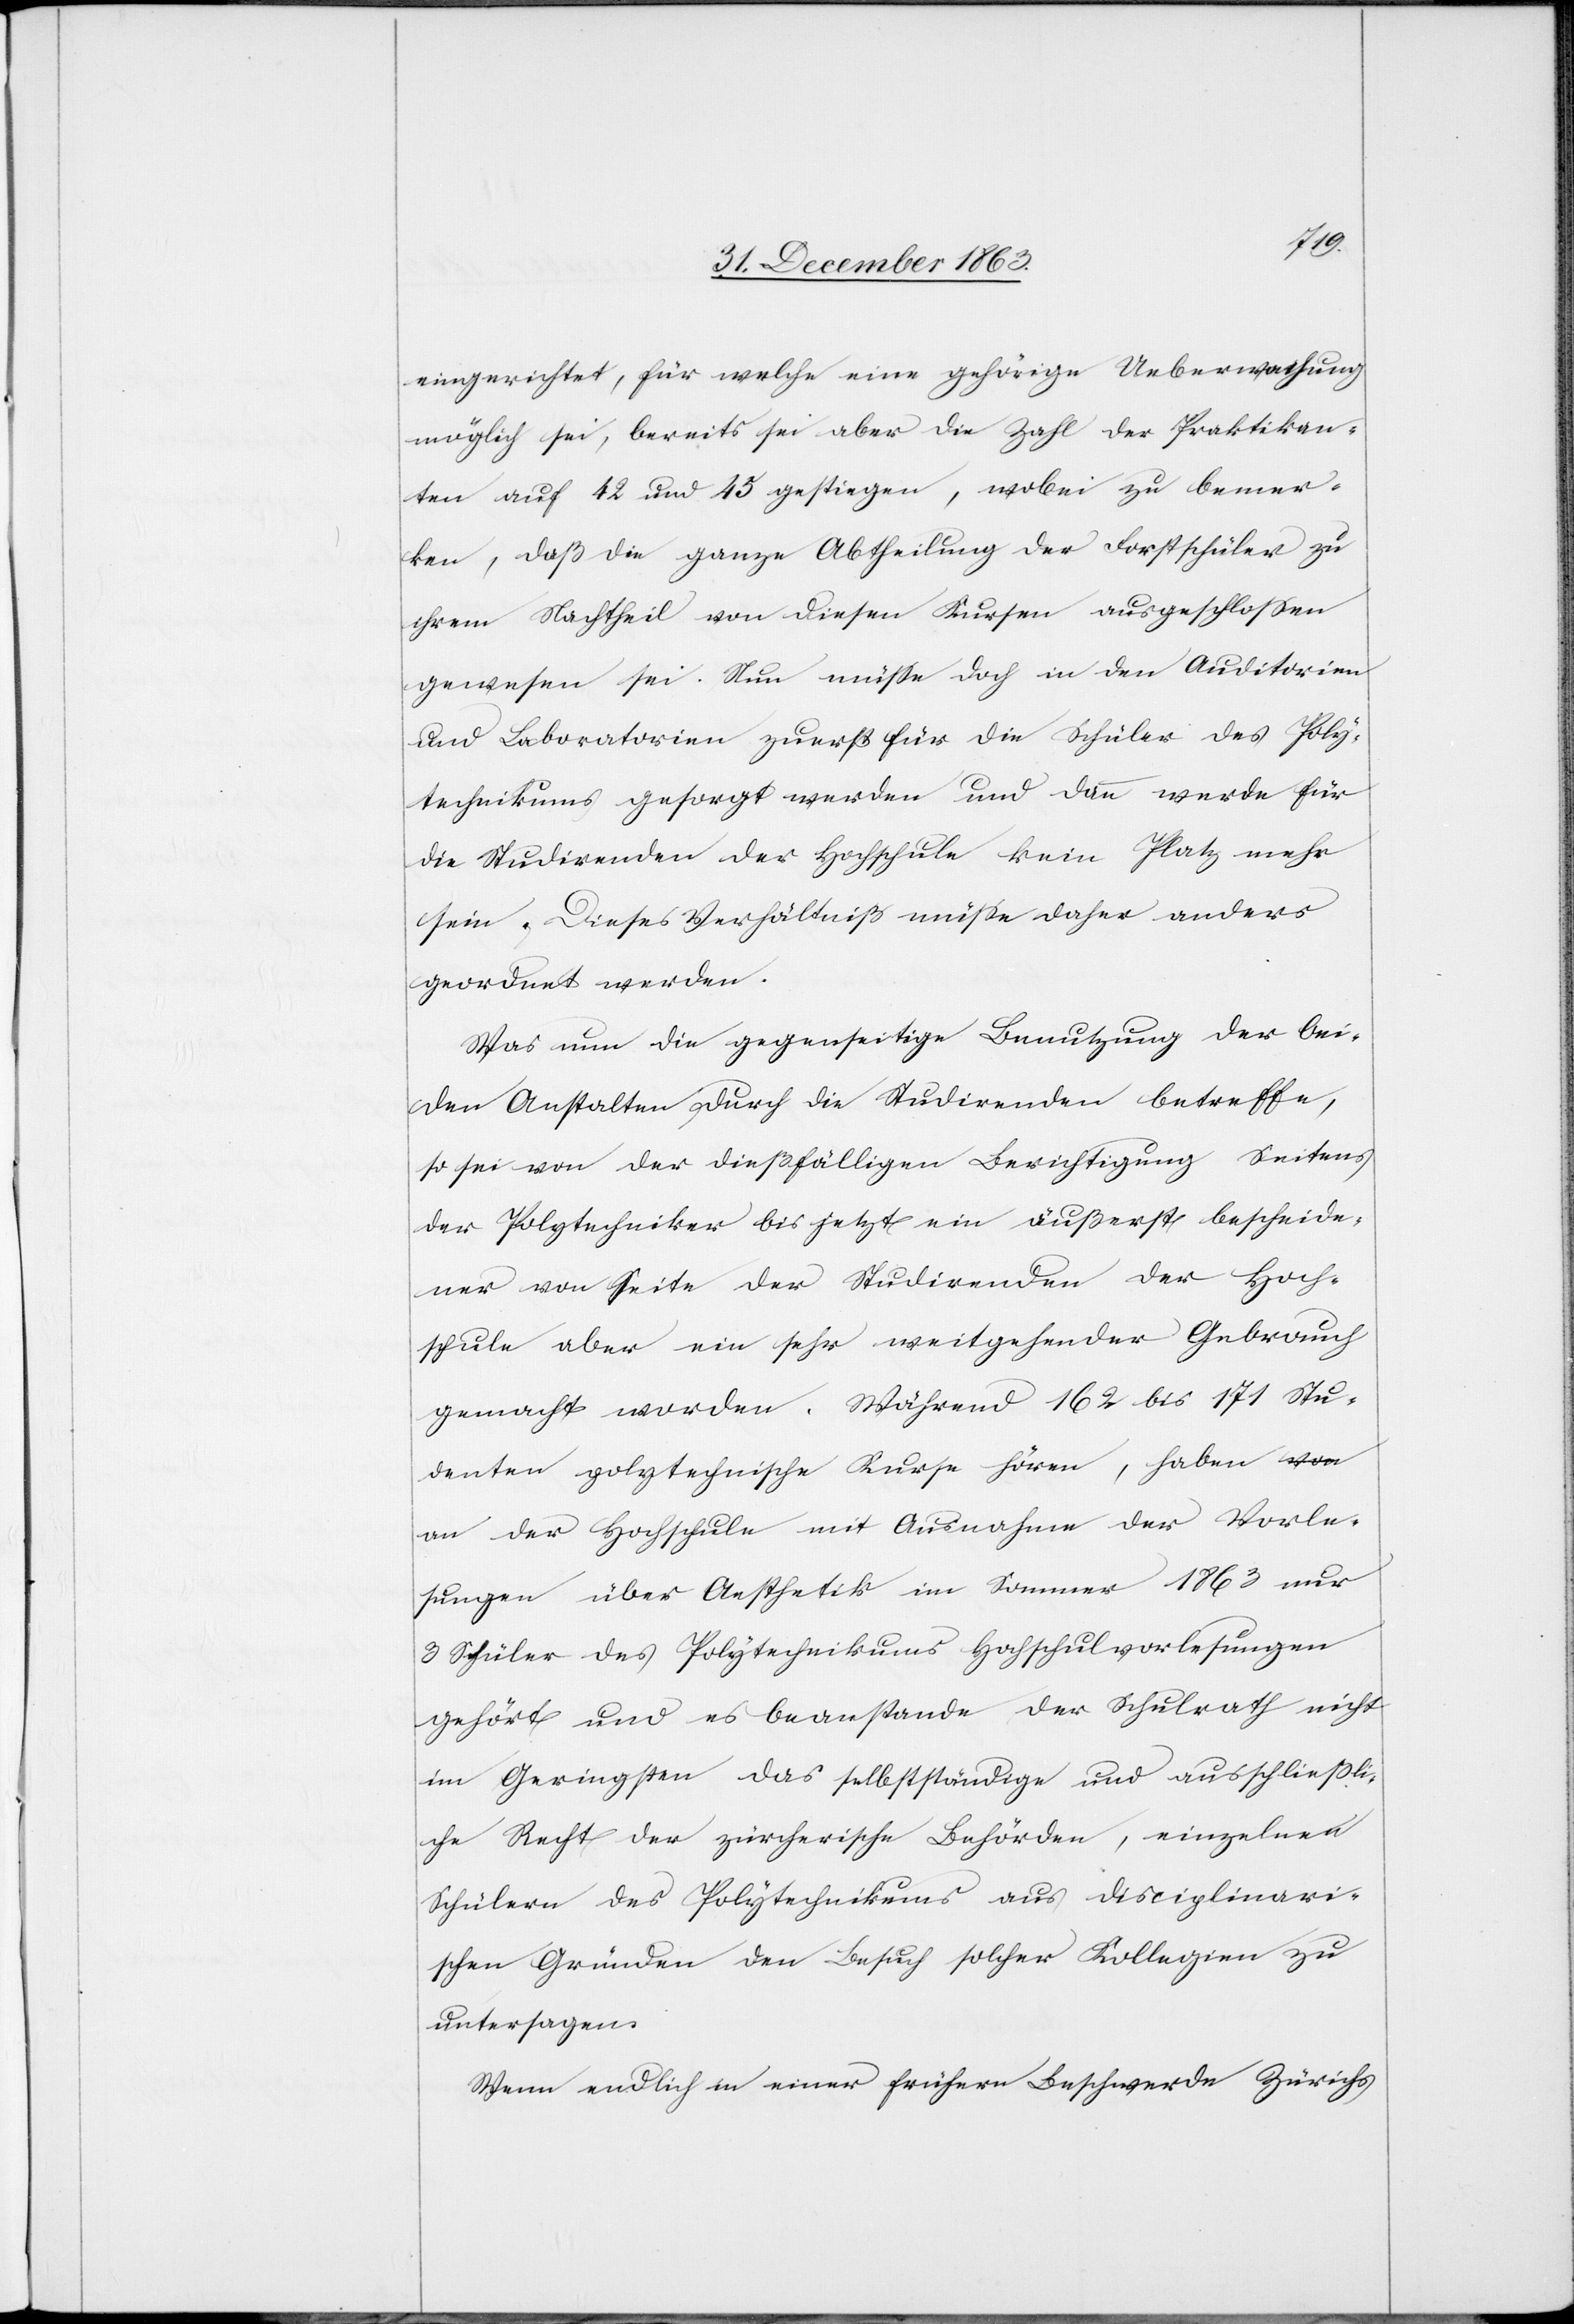
eingerichtet, für welche eine gehörige Ueberwachung
möglich sei, bereits sei aber die Zahl der Praktikan¬
ten auf 42 und 45 gestiegen, wobei zu bemer¬
ken, daß die ganze Abtheilung der Forstschüler zu
ihrem Nachtheil von diesen Kursen ausgeschlossen
gewesen sei. Nun müsse doch in den Auditorien
und Laboratorien zuerst für die Schüler des Poly¬
technikums gesorgt werden und dann werde für
die Studirenden der Hochschule kein Platz mehr
sein. Dieses Verhältniß müsse daher anders
geordnet werden.
Was nun die gegenseitige Benutzung der bei¬
den Anstalten durch die Studirenden betreffe,
so sei von der dießfälligen Berichtigung Seitens
der Polytechniker bis jetzt ein äußerst bescheide¬
ner von Seite der Studirenden der Hoch¬
schule aber ein sehr weitgehender Gebrauch
gemacht worden. Während 162 bis 171 Stu¬
denten polytechnische Kurse hören, haben
an der Hochschule mit Ausnahme der Vorle¬
sungen über Aesthetik im Sommer 1863 nur
3 Schüler des Polytechnikums Hochschulvorlesungen
gehört und es beanstande der Schulrath nicht
im Geringsten das selbstständige und ausschließli¬
che Recht der zürcherische[n] Behörden, einzelnen
Schülern des Polytechnikums aus disciplinari¬
schen Gründen den Besuch solcher Kollegien zu
untersagen.
Wenn endlich in einer frühern Beschwerde Zürichs